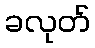
ခလုတ်